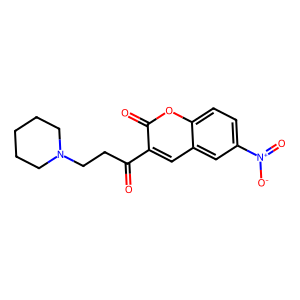
SMILES: O=C(CCN1CCCCC1)c1cc2cc([N+](=O)[O-])ccc2oc1=O
Inhibits HIV replication: No